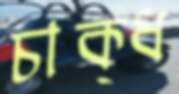
চাক্ধ